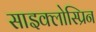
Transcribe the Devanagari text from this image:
साइक्लोस्प्रिन